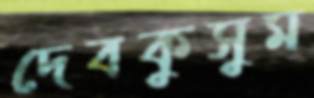
দেবকুসুম